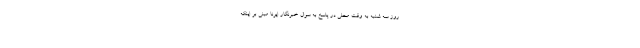
روز سه شنبه به وقت محلی در پاسخ به سوال خبرنگار ایرنا مبنی بر اینکه